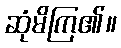
ဆုံမိကြ၏။